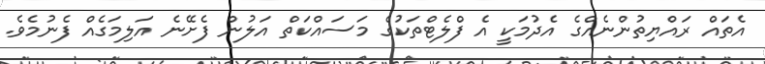
އެތައް ރައްޔިތުންނެއްގެ އެދުމަކީ އެ ފްލެޓްތަކުގެ މަސައްކަތް އަލުން ފެށޭނެ އަލިމަގެއް ފެނުމެވެ.